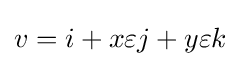
v=i+x\varepsilon j+y\varepsilon k